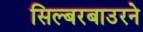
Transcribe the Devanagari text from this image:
सिल्बरबाउरने